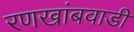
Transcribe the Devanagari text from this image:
रणखांबवाडी